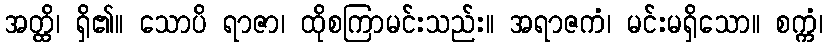
အတ္ထိ၊ ရှိ၏။ သောပိ ရာဇာ၊ ထိုစကြာမင်းသည်း။ အရာဇကံ၊ မင်းမရှိသော။ စက္ကံ၊